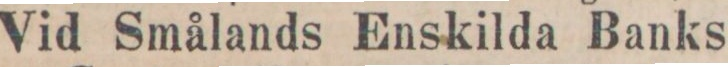
Vid Smålands Enskilda Banks